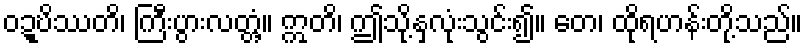
ဝဍ္ဎိဿတိ၊ ကြီးပွားလတ္တံ့။ ဣတိ၊ ဤသို့နှလုံးသွင်း၍။ တေ၊ ထိုရဟန်းတို့သည်။